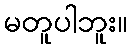
မတူပါဘူး။